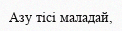
Азу тісі маладай,